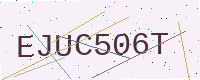
Text: EJUC506T